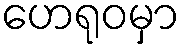
ဟေရုဝမှာ